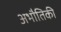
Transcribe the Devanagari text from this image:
अभौतिकी